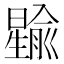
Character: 𪱎